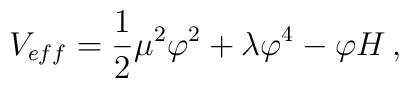
V_{eff}=\frac{1}{2}\mu ^{2}\varphi ^{2}+\lambda\varphi^{4}-\varphi H\, ,